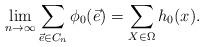
LaTeX: \begin{align*} \lim_{n\rightarrow\infty}\sum_{\vec{e}\in C_n} \phi_0(\vec{e}) = \sum_{X \in \Omega} h_0(x). \end{align*}